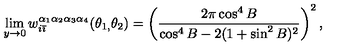
\lim _ { y \rightarrow 0 } w _ { i \bar { \imath } } ^ { \alpha _ { 1 } \alpha _ { 2 } \alpha _ { 3 } \alpha _ { 4 } } ( \theta _ { 1 , } \theta _ { 2 } ) = \left( \frac { 2 \pi \cos ^ { 4 } B } { \cos ^ { 4 } B - 2 ( 1 + \sin ^ { 2 } B ) ^ { 2 } } \right) ^ { 2 } ,